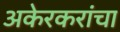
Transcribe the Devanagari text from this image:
अकेरकरांचा